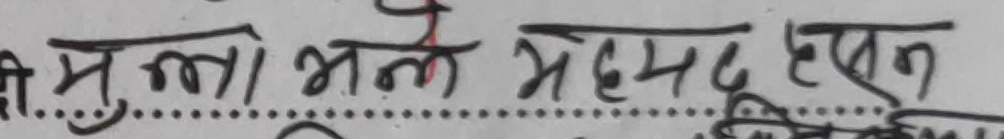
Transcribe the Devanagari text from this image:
दी मुल्लो भल मह्मद हखन